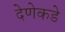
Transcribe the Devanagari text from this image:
देणेकडे